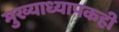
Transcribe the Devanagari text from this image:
मुख्याध्यापकही